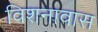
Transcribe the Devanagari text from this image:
विशनावास